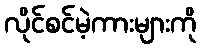
လိုင်စင်မဲ့ကားများကို